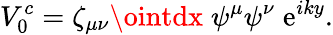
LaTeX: V_{0}^{c}=\zeta_{\mu\nu}\ointdx\; \psi^{\mu}\psi^{\nu}\; \mathrm{e}^{iky}.